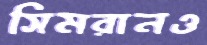
সিমরানও